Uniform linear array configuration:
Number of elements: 8
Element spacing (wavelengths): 1
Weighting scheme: hann
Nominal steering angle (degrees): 60
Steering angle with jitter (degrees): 61.143
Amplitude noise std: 0.05
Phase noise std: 0.05

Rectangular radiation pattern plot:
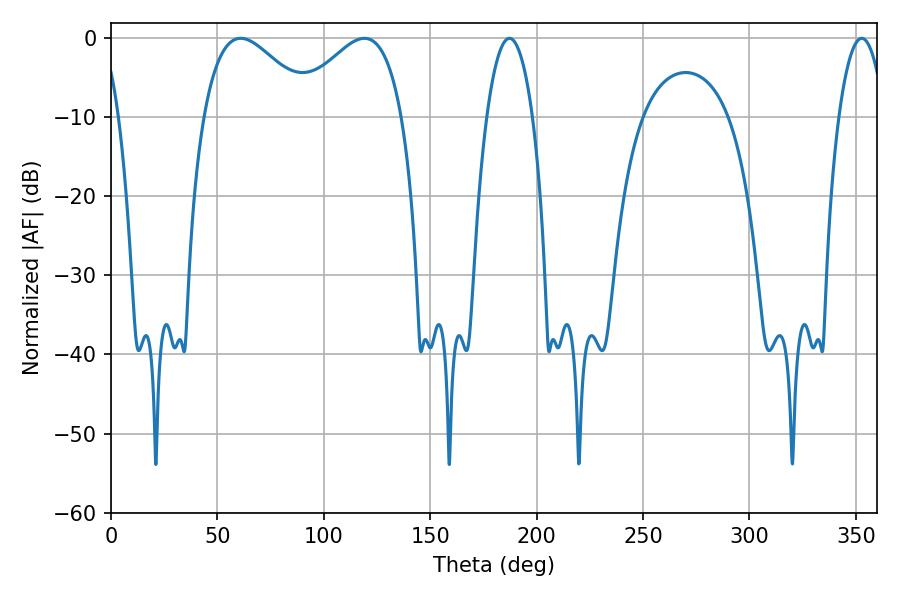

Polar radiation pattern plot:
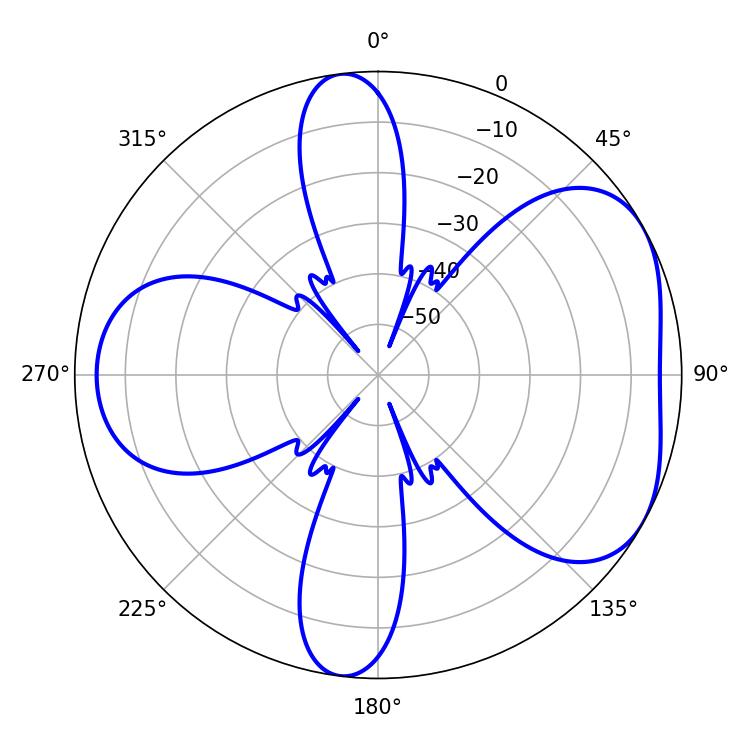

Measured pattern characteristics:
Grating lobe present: TRUE
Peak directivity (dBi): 4.83
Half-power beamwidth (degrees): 12.06
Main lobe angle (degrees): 187.2